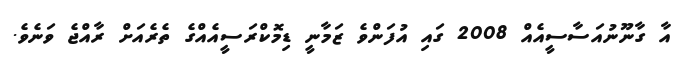
އާ ގާނޫނުއަސާސީއެއް 2008 ގައި އުފަންވެ ޒަމާނީ ޑިމޮކްރަސީއެއްގެ ތެރެއަށް ރާއްޖެ ވަނެވެ.